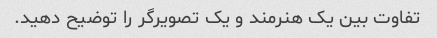
تفاوت بین یک هنرمند و یک تصویرگر را توضیح دهید.